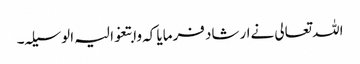
اللہ تعالی نےارشاد فرمایا کہ وابتغوا لیہ الوسیلہ۔